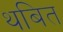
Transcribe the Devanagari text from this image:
थबित